Indian journal of veterinary science and animal husbandry - Volume 9,
Year: 1939
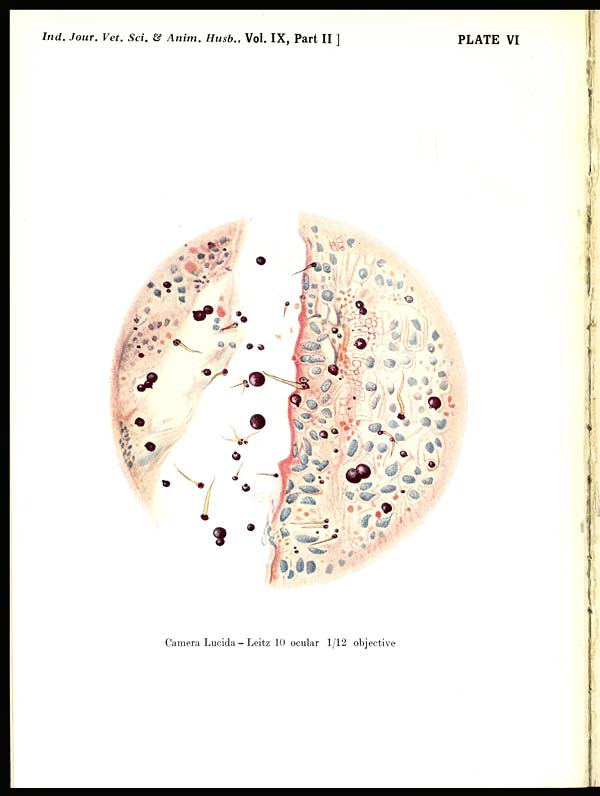
Ind. Jour. Vet. Sci. & Anim. Husb., Vol. IX, Part II ]
PLATE VI
Camera Lucida — Leitz 10 ocular 1/12 objective